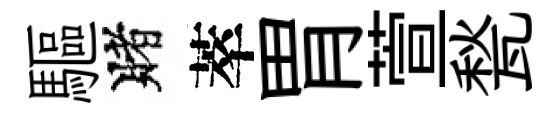
驅賭萃胃萱甃